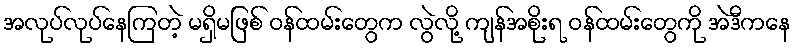
အလုပ်လုပ်နေကြတဲ့ မရှိမဖြစ် ဝန်ထမ်းတွေက လွဲလို့ ကျန်အစိုးရ ဝန်ထမ်းတွေကို အဲဒီကနေ